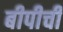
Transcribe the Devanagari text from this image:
बीपीची